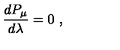
{ \frac { d P _ { \mu } } { d \lambda } } = 0 \ ,